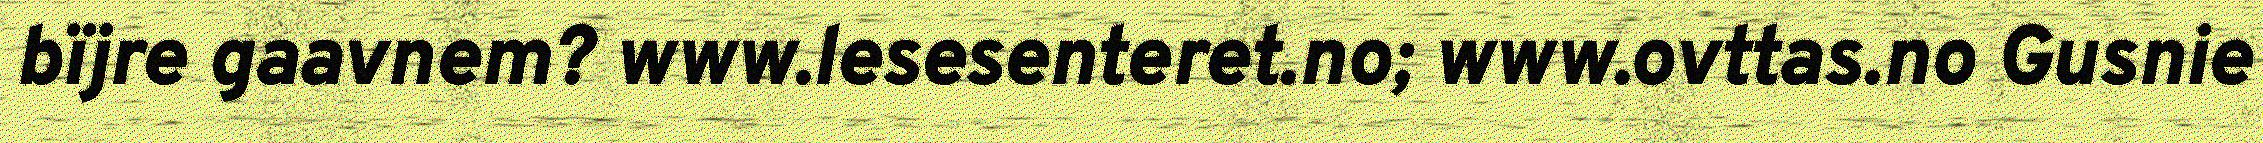
bïjre gaavnem? www.lesesenteret.no; www.ovttas.no Gusnie